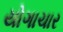
યોગાચાર